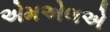
એમએલએ